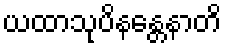
ယထာသုပိနန္တေနာတိ